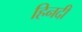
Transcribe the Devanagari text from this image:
हिनदी